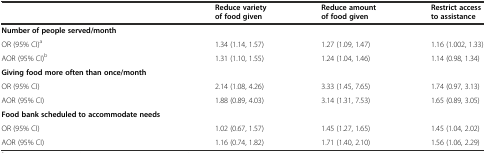
|  | Reduce variety of food given | Reduce amount of food given | Restrict access to assistance |
 | --- | --- | --- | --- |
 | Number of people served/month |  |  |  |
 | OR (95% CI)a | 1.34 (1.14, 1.57) | 1.27 (1.09, 1.47) | 1.16 (1.002, 1.33) |
 | AOR (95% CI)b | 1.31 (1.10, 1.55) | 1.24 (1.04, 1.46) | 1.14 (0.98, 1.34) |
 | Giving food more often than once/month |  |  |  |
 | OR (95% CI) | 2.14 (1.08, 4.26) | 3.33 (1.45, 7.65) | 1.74 (0.97, 3.13) |
 | AOR (95% CI) | 1.88 (0.89, 4.03) | 3.14 (1.31, 7.53) | 1.65 (0.89, 3.05) |
 | Food bank scheduled to accommodate needs |  |  |  |
 | OR (95% CI) | 1.02 (0.67, 1.57) | 1.45 (1.27, 1.65) | 1.45 (1.04, 2.02) |
 | AOR (95% CI) | 1.16 (0.74, 1.82) | 1.71 (1.40, 2.10) | 1.56 (1.06, 2.29) |